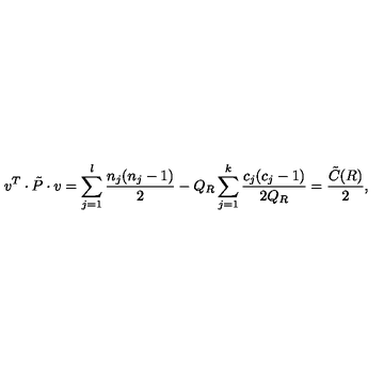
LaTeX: v ^ { T } \cdot \tilde { P } \cdot v = \sum _ { j = 1 } ^ { l } \frac { n _ { j } ( n _ { j } - 1 ) } { 2 } - Q _ { R } \sum _ { j = 1 } ^ { k } \frac { c _ { j } ( c _ { j } - 1 ) } { 2 Q _ { R } } = \frac { \tilde { C } ( R ) } { 2 } ,